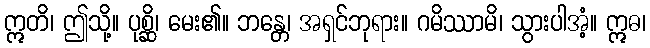
ဣတိ၊ ဤသို့။ ပုစ္ဆိ၊ မေး၏။ ဘန္တေ၊ အရှင်ဘုရား။ ဂမိဿာမိ၊ သွားပါအံ့။ ဣဓ၊